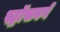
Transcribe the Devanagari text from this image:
स्ट्रॉसबर्ग